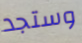
وستجد